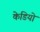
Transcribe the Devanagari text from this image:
केडियो